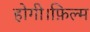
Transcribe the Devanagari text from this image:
होगी।फ़िल्म